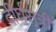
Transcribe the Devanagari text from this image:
दीर्घसूत्री